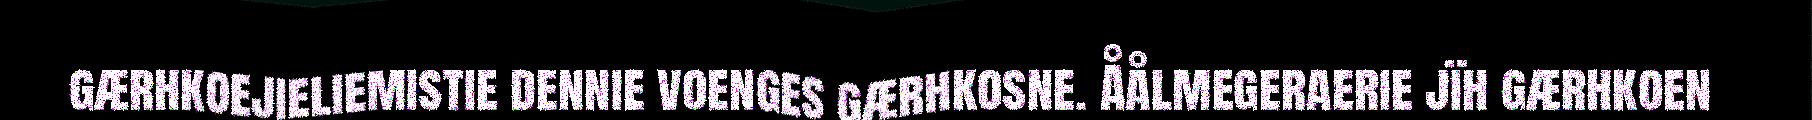
gærhkoejieliemistie dennie voenges gærhkosne. Åålmegeraerie jïh gærhkoen